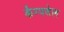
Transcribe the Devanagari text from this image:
कैम्‍पबेल